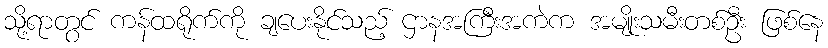
သို့ရာတွင် ကန်ထရိုက်ကို ချပေးနိုင်သည့် ဌာနအကြီးအကဲက အမျိုးသမီးတစ်ဦး ဖြစ်နေ